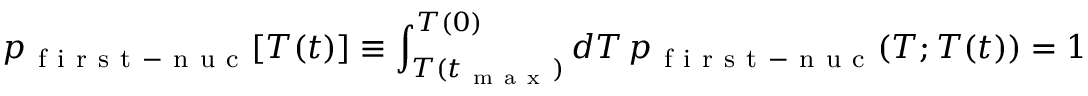
p _ { \mathrm { ~ f ~ i ~ r ~ s ~ t ~ - ~ n ~ u ~ c ~ } } [ T ( t ) ] \equiv \int _ { T ( t _ { \mathrm { ~ m ~ a ~ x ~ } } ) } ^ { T ( 0 ) } d T \, p _ { \mathrm { ~ f ~ i ~ r ~ s ~ t ~ - ~ n ~ u ~ c ~ } } ( T ; T ( t ) ) = 1